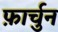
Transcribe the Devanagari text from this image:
फ़ार्चुन